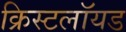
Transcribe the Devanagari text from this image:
क्रिस्टलॉयड